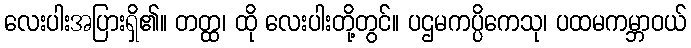
လေးပါးအပြားရှိ၏။ တတ္ထ၊ ထို လေးပါးတို့တွင်။ ပဌမကပ္ပိကေသု၊ ပထမကမ္ဘာဝယ်